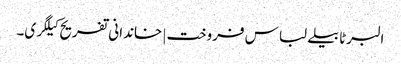
البرٹا بیلے لباس فروخت | خاندانی تفریح ​​کیلگری۔